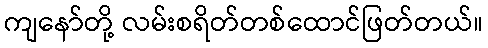
ကျနော်တို့ လမ်းစရိတ်တစ်ထောင်ဖြတ်တယ်။